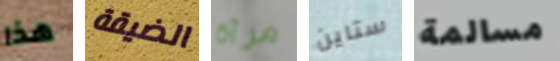
هذا الضيقة مرآة ستاين مسالمة